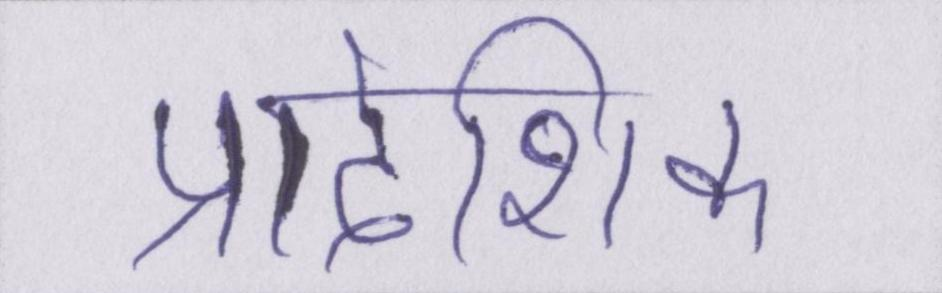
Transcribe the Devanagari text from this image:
प्रादेशिक